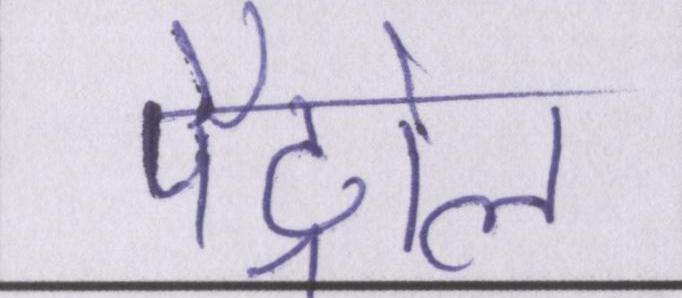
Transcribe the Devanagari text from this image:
पैट्रोल